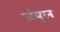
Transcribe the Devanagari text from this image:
जंबुल